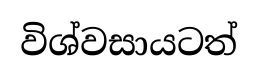
විශ්වසායටත්